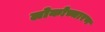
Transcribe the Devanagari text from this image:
लोकोच्चारण